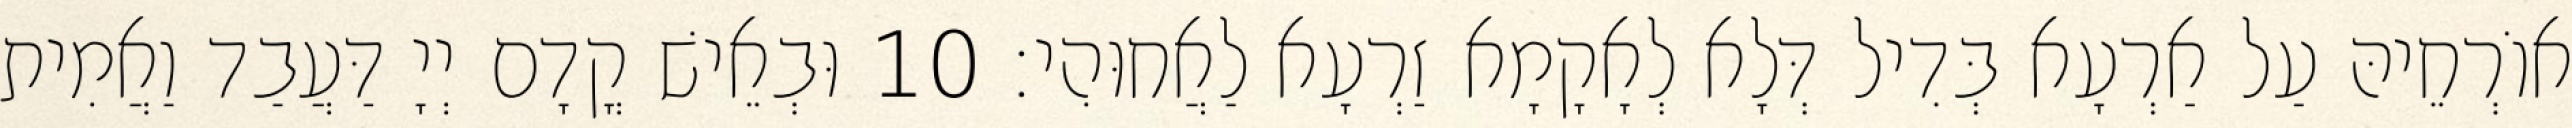
אוֹרְחֵיהּ עַל אַרְעָא בְּדִיל דְּלָא לְאָקָמָא זַרְעָא לַאֲחוּהִי׃ 10 וּבְאֵישׁ קֳדָם יְיָ דַּעֲבַד וַאֲמִית